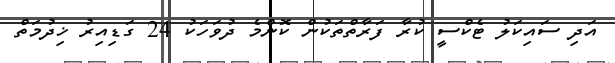
އަދި ސައިކަލު ޓެކްސީ ކުރާ ފަރާތްތަކުން ކޮންމެ ދުވަހަކު 24 ގަޑިއިރު ޚިދުމަތް